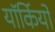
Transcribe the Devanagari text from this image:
यॉर्कियों